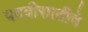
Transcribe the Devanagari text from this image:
पदवीसाठीचे